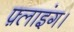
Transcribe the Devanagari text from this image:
फ़्लाइंग।